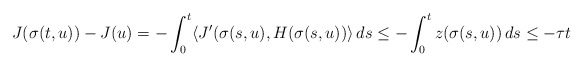
\begin{align*}J(\sigma(t,u))-J(u) = -\int_0^t\langle J'(\sigma(s,u),H(\sigma(s,u))\rangle\,ds \le -\int_0^t z(\sigma(s,u))\,ds \le -\tau t\end{align*}